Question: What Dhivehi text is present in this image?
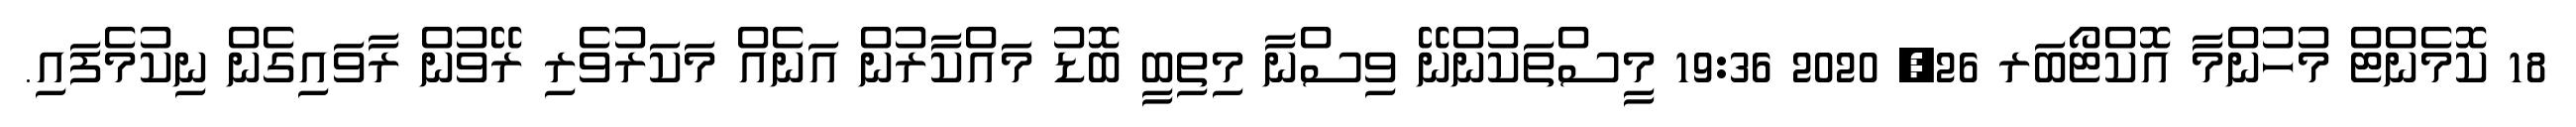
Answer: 18 ކޮމެންޓް މުހުންމާ އޮކްޓޯބަރ 26, 2020 19:36 މީސްތަކުންނޭ ވިސްނާ މިތިބީ ބޮޑު މައްކާރުން އަނެއް މަކަރުވެރި ރޭވުން ރާވައިގެން ނިކުމެފައި.